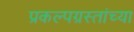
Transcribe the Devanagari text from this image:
प्रकल्पग्रस्तांच्या